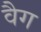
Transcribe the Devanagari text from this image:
वैग